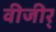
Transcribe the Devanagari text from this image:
वीजीर्